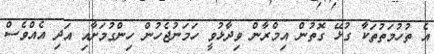
އެ ތުހުމަތުތަކާ ގުޅޭ ގޮތުން އިމްރާން ވިދާޅުވީ ހަމަނުޖެހުން ހިންގުމަށާއި އަދި އެއްވެސް